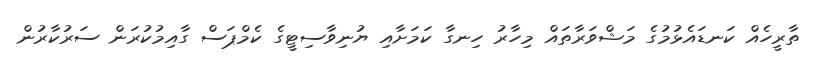
ތާރީހެއް ކަނޑައެޅުމުގެ މަޝްވަރާތައް މިހާރު ހިނގާ ކަމަށާއި ޔުނިވާސިޓީގެ ކެމްޕަސް ގާއިމުކުރަން ސަރުކާރުން